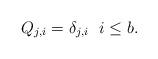
LaTeX: \begin{align*}Q_{j,i}=\delta_{j,i}\ \ i\leq b.\end{align*}